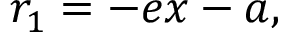
r _ { 1 } = - e x - a , \,